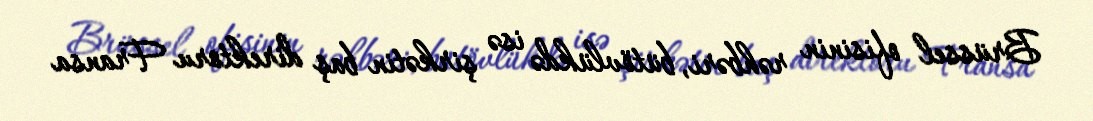
Brüssel ofisinin rəhbəri, bütövlükdə isə şirkətin baş direktoru Fransa